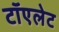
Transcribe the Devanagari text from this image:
टॉएलेट